Serum-therapy of plague in India - Number 20
Disease focus: Plague
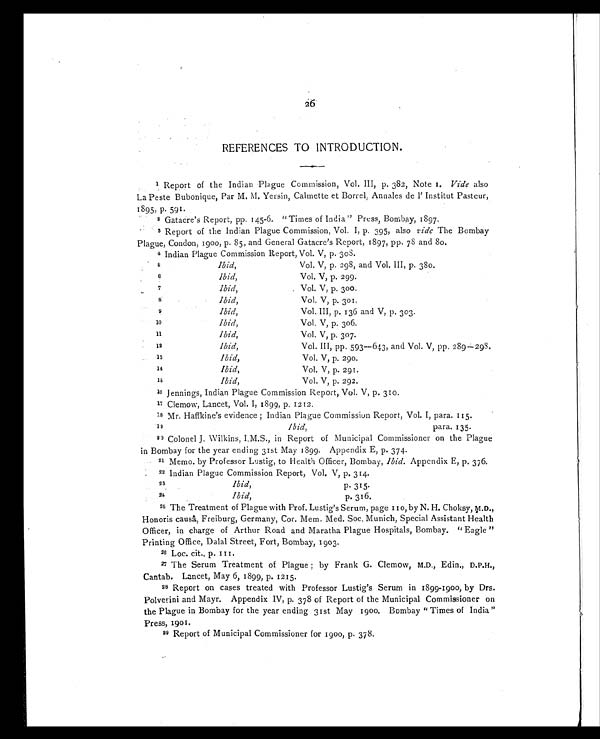
26
REFERENCES TO INTRODUCTION.
1 Report of the Indian Plague Commission, Vol. III, p. 382, Note 1. Vide also
La Peste Bubonique, Par M. M. Yersin, Calmette et Borrel, Annales de l' Institut Pasteur,
1895, p. 591.
2 Gatacre's Report, pp. 145-6. "Times of India" Press, Bombay, 1897.
3 Report of the Indian Plague Commission, Vol. I, p. 395, also vide The Bombay
Plague, Condon, 1900, p. 85, and General Gatacre's Report, 1897, pp. 78 and 80.
4 Indian Plague Commission Report, Vol. V, p. 308.
5
Ibid,
Vol. V, p. 298, and Vol. III, p. 380.
6
Ibid,
Vol. V, p. 299.
,7 Ibid, Vol. V, p. 300.
8
Ibid,
Vol. V, p. 301.
9
Ibid,
Vol. III, p. 136 and V, p. 303.
10
Ibid,
Vol. V, p. 306.
11
Ibid,
Vol. V, p. 307.
12
Ibid,
Vol. III, pp. 593—643, and Vol. V, pp. 289—298.
13
Ibid,
Vol. V, p. 290.
14
Ibid,
Vol. V, p. 291.
15
Ibid,
Vol. V, p. 292.
16 Jennings, Indian Plague Commission Report, Vol. V, p. 310.
17 Clemow, Lancet, Vol. I, 1899, p. 1212.
18 Mr. Haffkine's evidence ; Indian Plague Commission Report, Vol. I, para. 115.
19 Ibid,
para. 135.
20 Colonel J. Wilkins, I.M.S., in Report of Municipal Commissioner on the Plague
in Bombay for the year ending 31st May 1899. Appendix E, p. 374.
21 Memo. by Professor Lustig, to Health Officer, Bombay, Ibid. Appendix E, p. 376.
22 Indian Plague Commission Report, Vol. V, p. 314.
23
Ibid, p. 315.
24
Ibid,
p. 316.
25 The Treatment of Plague with Prof. Lustig's Serum, page 110, by N. H. Choksy,
M.D., Honoris causâ, Freiburg, Germany, Cor. Mem. Med. Soc. Munich, Special Assistant Health
Officer, in charge of Arthur Road and Maratha Plague Hospitals, Bombay. "Eagle"
Printing Office, Dalai Street, Fort, Bombay, 1903.
26 Loc. cit., p. 111.
27 The Serum Treatment of Plague; by Frank G. Clemow, M.D., Edin., D.P.H.,
Cantab. Lancet, May 6, 1899, p. 1215.
28 Report on cases treated with Professor Lustig's Serum in 1899-1900, by Drs.
Polverini and Mayr. Appendix IV, p. 378 of Report of the Municipal Commissioner on
the Plague in Bombay for the year ending 31st May 1900. Bombay "Times of India"
Press, 1901.
29 Report of Municipal Commissioner for 1900, p. 378.